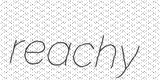
reachy